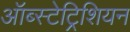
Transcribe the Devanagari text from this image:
ऑब्स्टेट्रिशियन